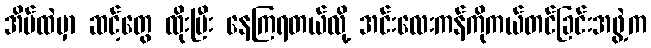
အိမ်ထဲမှာ ဆင့်တွေ ထိုးပြီး နေကြရတယ်လို့ အင်းလေးကန်ကိုကယ်တင်ခြင်းအဖွဲ့က